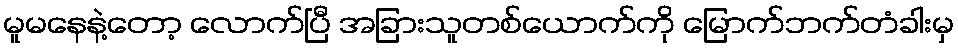
မူမနေနဲ့တော့ လောက်ပြီ အခြားသူတစ်ယောက်ကို မြောက်ဘက်တံခါးမှ